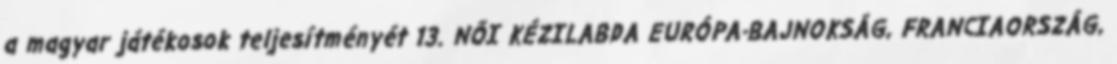
a magyar játékosok teljesítményét 13. NŐI KÉZILABDA EURÓPA-BAJNOKSÁG, FRANCIAORSZÁG,